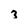
Character: 3